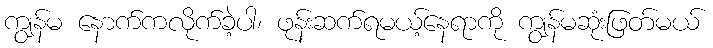
ကျွန်မ နောက်ကလိုက်ခဲ့ပါ၊ ဖုန်းဆက်ရမယ့်နေရာကို ကျွန်မဆုံးဖြတ်မယ်